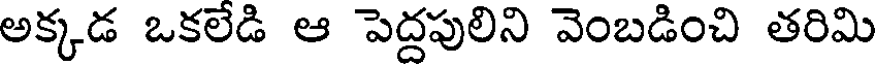
అక్కడ ఒకలేడి ఆ పెద్దపులిని వెంబడించి తరిమి